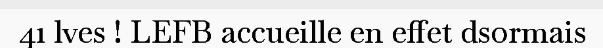
41 lves ! LEFB accueille en effet dsormais